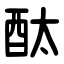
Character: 酞